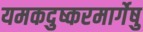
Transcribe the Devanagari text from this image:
यमकदुष्करमार्गेषु